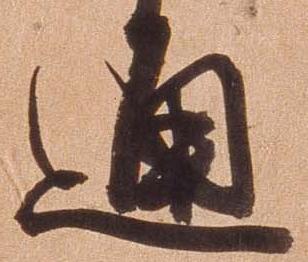
通